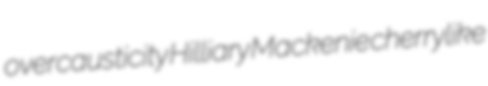
overcausticity Hilliary Mackenie cherrylike